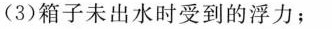
(3)箱子未出水时受到的浮力；